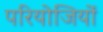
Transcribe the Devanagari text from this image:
परियोजियों